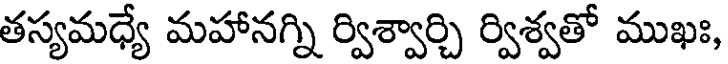
తస్యమధ్యే మహానగ్ని ర్విశ్వార్చి ర్విశ్వతో ముఖః,